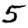
Digit: 5